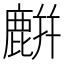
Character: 𪋋